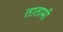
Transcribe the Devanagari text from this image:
तातामी